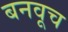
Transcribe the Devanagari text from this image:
बनवूच